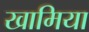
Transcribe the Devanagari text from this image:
खामिया